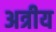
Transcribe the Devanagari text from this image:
अत्रीय